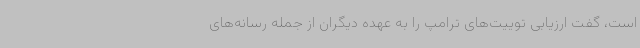
است، گفت ارزیابی توییت‌های ترامپ را به عهده دیگران از جمله رسانه‌های